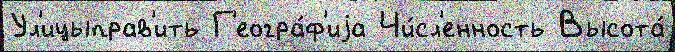
Ул'ицыправ'ить Г'еогра́ф'иjа Чи́сл'енность Высота́